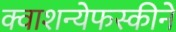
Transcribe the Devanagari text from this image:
क्वाशन्येफस्कीने